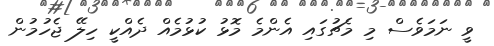
ވީ ނަމަވެސް މި މެޗުގައި އެންމެ މޮޅު ކުޅުމެއް ދެއްކީ ހިލޭ ޖެހުމުން